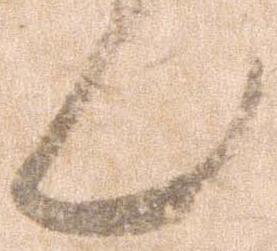
ん